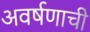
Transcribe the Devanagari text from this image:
अवर्षणाची